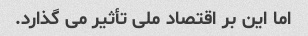
اما این بر اقتصاد ملی تأثیر می گذارد.